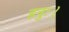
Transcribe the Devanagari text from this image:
हनुः।